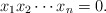
\begin{align*}x_1x_2\cdots x_n=0\ldotp\end{align*}